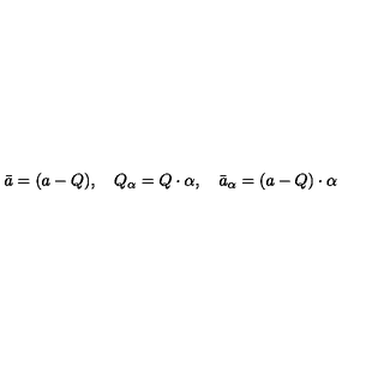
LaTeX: \bar { a } = ( a - Q ) , \quad Q _ { \alpha } = Q \cdot \alpha , \quad \bar { a } _ { \alpha } = ( a - Q ) \cdot \alpha